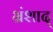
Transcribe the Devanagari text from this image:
भ्रंशाद्